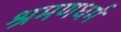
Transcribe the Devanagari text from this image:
श्रमणधर्म